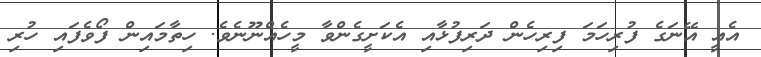
އެއީ އޭނަގެ ފުރިހަމަ ފިރިހެން ދަރިފުޅާއި އެކަށީގެންވާ މީހެއްނޫނެވެ. ހިތާމައިން ފޯވެފައި ހުރި